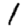
Digit: 1